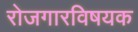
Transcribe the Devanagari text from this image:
रोजगारविषयक